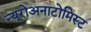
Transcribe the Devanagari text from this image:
न्यूरोअनाटोमिस्ट